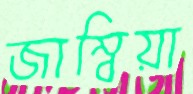
জাম্বিয়া